[Report on the health of British troops in the Madras command]
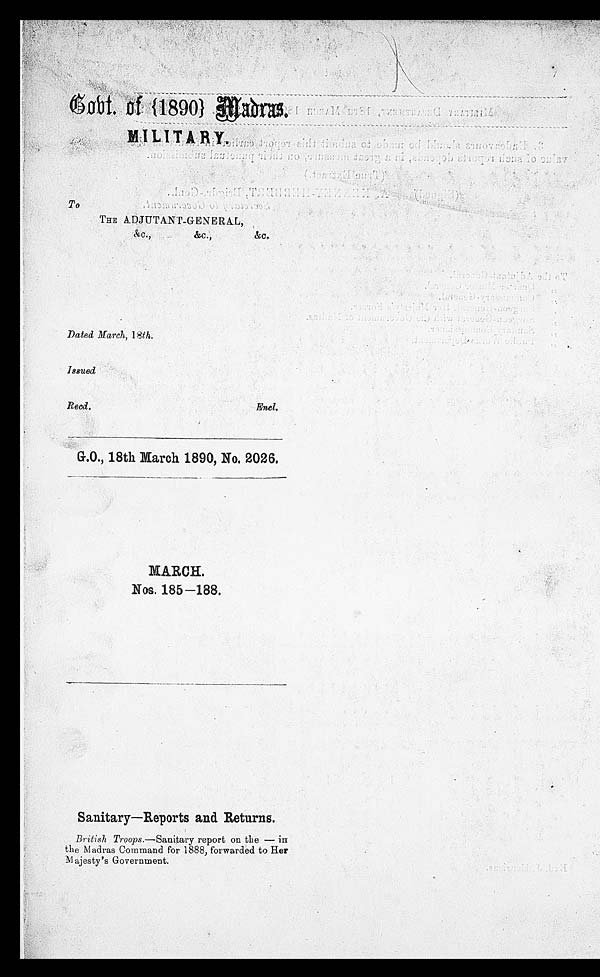
Cobt. of {1890} Madras.
MILITARY.
To
THE ADJUTANT-GENERAL,
&c., &c., &c.
Dated March, 18th.
Issued
Recd.
Encl.
G.O., 18th March 1890, No. 2026.
MARCH.
Nos. 185—188.
Sanitary—Reports and Returns.
British Troops .—Sanitary report on the — in
the Madras Command for 1888, forwarded to Her
Majesty's Government.